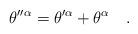
LaTeX: \begin{align*}\theta''^\alpha = \theta'^\alpha + \theta^\alpha\quad.\end{align*}